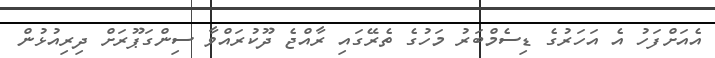
އެއަށްފަހު އެ އަހަރުގެ ޑިސެމްބަރު މަހުގެ ތެރޭގައި ރާއްޖެ ދޫކުރައްވާ ސިންގަޕޫރަށް ދިރިއުޅުން